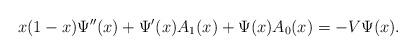
LaTeX: \begin{align*}x(1-x)\Psi''(x)+\Psi'(x)A_1(x)+\Psi(x)A_0(x)=-V\Psi(x).\end{align*}